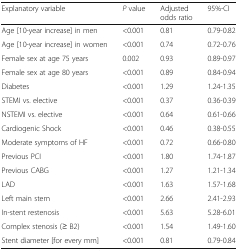
<table><thead><tr><td><b>Explanatory variable</b></td><td><b><i>P</i> value</b></td><td><b>Adjusted odds ratio</b></td><td><b>95%-CI</b></td></tr></thead><tbody><tr><td>Age [10-year increase] in men</td><td>&lt;0.001</td><td>0.81</td><td>0.79-0.82</td></tr><tr><td>Age [10-year increase] in women</td><td>&lt;0.001</td><td>0.74</td><td>0.72-0.76</td></tr><tr><td>Female sex at age 75 years</td><td>0.002</td><td>0.93</td><td>0.89-0.97</td></tr><tr><td>Female sex at age 80 years</td><td>&lt;0.001</td><td>0.89</td><td>0.84-0.94</td></tr><tr><td>Diabetes</td><td>&lt;0.001</td><td>1.29</td><td>1.24-1.35</td></tr><tr><td>STEMI vs. elective</td><td>&lt;0.001</td><td>0.37</td><td>0.36-0.39</td></tr><tr><td>NSTEMI vs. elective</td><td>&lt;0.001</td><td>0.64</td><td>0.61-0.66</td></tr><tr><td>Cardiogenic Shock</td><td>&lt;0.001</td><td>0.46</td><td>0.38-0.55</td></tr><tr><td>Moderate symptoms of HF</td><td>&lt;0.001</td><td>0.72</td><td>0.66-0.80</td></tr><tr><td>Previous PCI</td><td>&lt;0.001</td><td>1.80</td><td>1.74-1.87</td></tr><tr><td>Previous CABG</td><td>&lt;0.001</td><td>1.27</td><td>1.21-1.34</td></tr><tr><td>LAD</td><td>&lt;0.001</td><td>1.63</td><td>1.57-1.68</td></tr><tr><td>Left main stem</td><td>&lt;0.001</td><td>2.66</td><td>2.41-2.93</td></tr><tr><td>In-stent restenosis</td><td>&lt;0.001</td><td>5.63</td><td>5.28-6.01</td></tr><tr><td>Complex stenosis (≥ B2)</td><td>&lt;0.001</td><td>1.54</td><td>1.49-1.60</td></tr><tr><td>Stent diameter [for every mm]</td><td>&lt;0.001</td><td>0.81</td><td>0.79-0.84</td></tr></tbody></table>